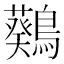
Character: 𪆴